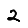
Digit: 2